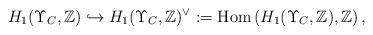
LaTeX: \begin{align*} H_1(\Upsilon_C,\mathbb{Z})\hookrightarrow H_1(\Upsilon_C,\mathbb{Z})^\vee:=\textup{Hom}\left(H_1(\Upsilon_C,\mathbb{Z}),\mathbb{Z}\right),\end{align*}